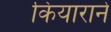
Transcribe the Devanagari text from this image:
कियाराने